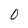
Character: 0